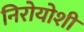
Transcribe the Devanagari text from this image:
निरोयोशी